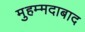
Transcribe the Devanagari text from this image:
मुहम्‍मदाबाद